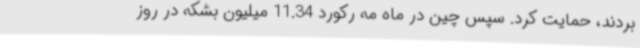
بردند، حمایت کرد. سپس چین در ماه مه رکورد 11.34 میلیون بشکه در روز